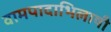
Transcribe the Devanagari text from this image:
वामपादाभिलाषी